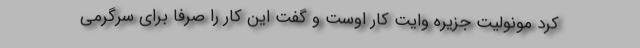
کرد مونولیت جزیره وایت کار اوست و گفت این کار را صرفاً برای سرگرمی